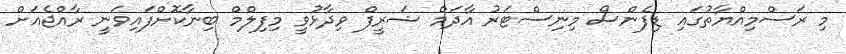
މި ރަސްމިއްޔާތުގައި ޑިފެންސް މިނިސްޓަރު އާދަމް ޝަރީފް ވިދާޅުވީ މިފިލްމް ބިނާކޮށްފައިވަނީ ރާއްޖެއަށް